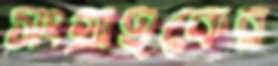
সংগ্রাহকের